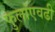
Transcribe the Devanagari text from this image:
फुलांएवढी